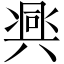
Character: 𱏵